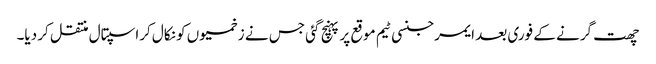
چھت گرنے کے فوری بعد ایمرجنسی ٹیم موقع پر پہنچ گئی جس نے زخمیوں کو نکال کراسپتال منتقل کر دیا۔